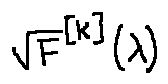
\sqrt { F } ^ { [ k ] } ( \lambda )